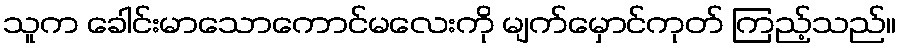
သူက ခေါင်းမာသောကောင်မလေးကို မျက်မှောင်ကုတ် ကြည့်သည်။